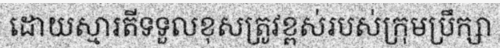
ដោយស្មារតីទទួលខុសត្រូវខ្ពស់របស់ក្រុមប្រឹក្សា